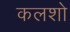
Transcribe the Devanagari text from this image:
कलशो